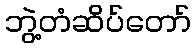
ဘွဲ့တံဆိပ်တော်